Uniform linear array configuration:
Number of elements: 48
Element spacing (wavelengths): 0.75
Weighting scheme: exponential
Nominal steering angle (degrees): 0
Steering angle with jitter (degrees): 1.103
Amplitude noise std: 0.05
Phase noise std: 0.05

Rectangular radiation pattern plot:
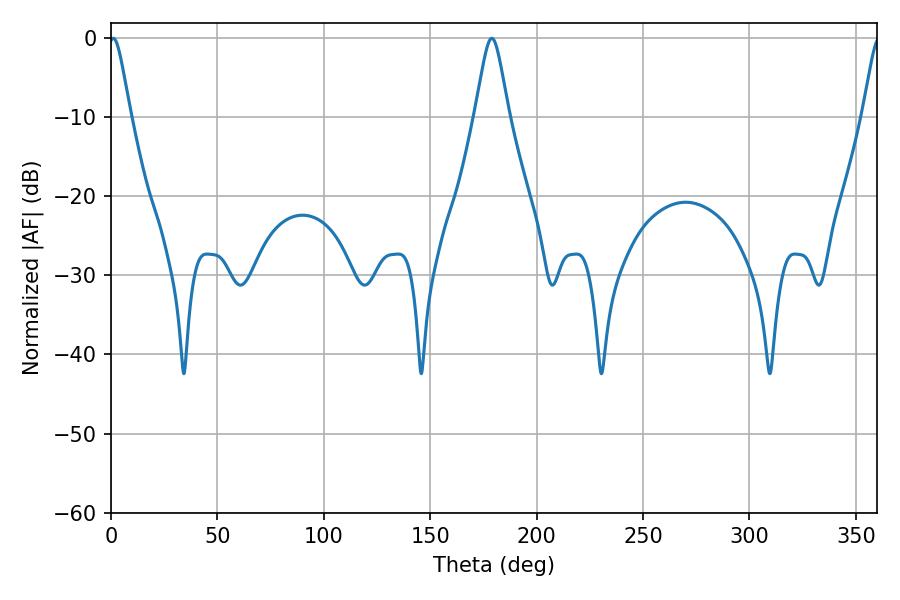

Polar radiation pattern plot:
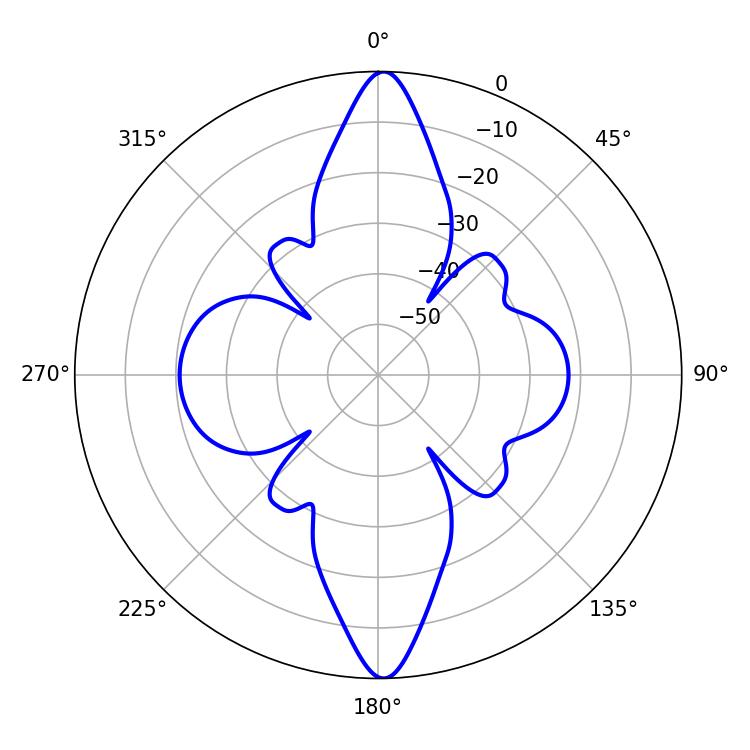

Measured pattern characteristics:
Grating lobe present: TRUE
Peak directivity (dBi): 27.092
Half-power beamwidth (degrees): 7.56
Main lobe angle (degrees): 178.92